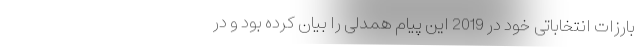
بارزات انتخاباتی خود در 2019 این پیام همدلی را بیان کرده بود و در